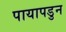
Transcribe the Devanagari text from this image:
पायापडुन